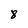
Character: 8